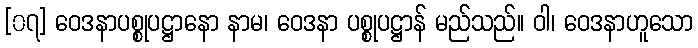
[၀၇] ဝေဒနာပစ္စုပဋ္ဌာနော နာမ၊ ဝေဒနာ ပစ္စုပဋ္ဌာန် မည်သည်။ ဝါ၊ ဝေဒနာဟူသော